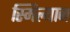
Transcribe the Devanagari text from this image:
स्मिल्यान